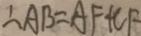
\therefore A B = A F + C F